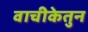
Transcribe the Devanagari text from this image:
वाचीकेतुन